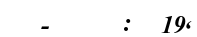
-     :  19